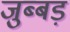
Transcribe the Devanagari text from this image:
जुब्बड़